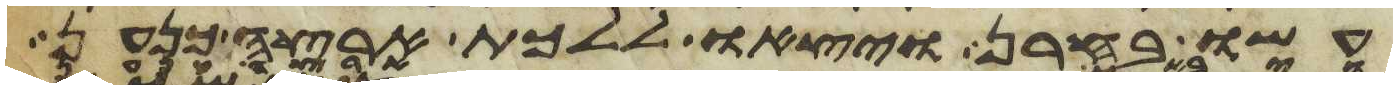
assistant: עשו בחרן ויצאו ללכת ארצה כנען